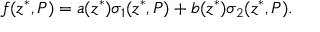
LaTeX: f ( z ^ { \ast } , P ) = a ( z ^ { \ast } ) \sigma _ { 1 } ( z ^ { \ast } , P ) + b ( z ^ { \ast } ) \sigma _ { 2 } ( z ^ { \ast } , P ) .